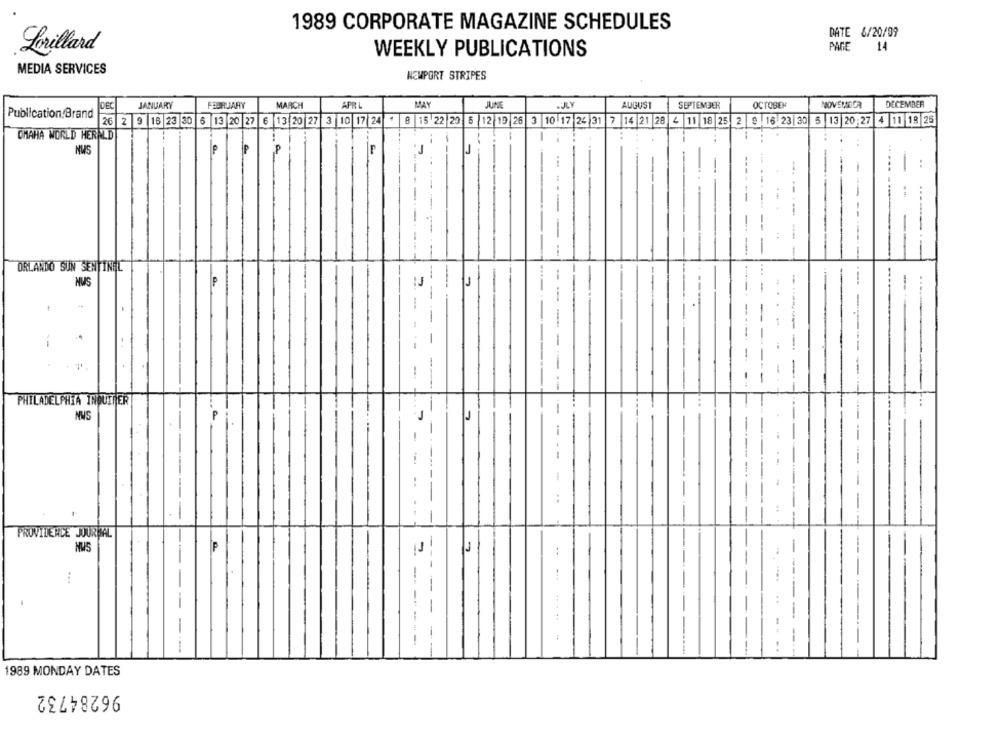
1989 CORPORATE MAGAZINE SCHEDULES
DATE 6/20/09
Lorillard
WEEKLY PUBLICATIONS
PAGE
14
MEDIA SERVICES
NEWPORT STRIPES
JANUARY
FEBRUARY
MARCH
APR L
MAY
JUNE
OCTOBER
JOVEMDER
DECEMBER
DEC
AUGUST
SEPTEMBER
Publication Brand
26
2 9 16 23 30 6 13 20 27 6 13 20 27 3 10 17 24 4 8 15 22 23 5 12 19 26 3 10 17 24 31 7 14 21 28 4 11 18 25 2 9 16 23 30 5 13 20 27 4 11 18 25
OMAHA WORLD HERALD
--
-
NWS
..
ORLANDO SUN SENTINEL
NUS
J
--
...
PHILADELPHIA INQUIRER
P
--
.-
PROVIDENCE JOUR SAL
NUS
11
J
-
...
--
.....
-
-------
--
1989 MONDAY DATES
96284732